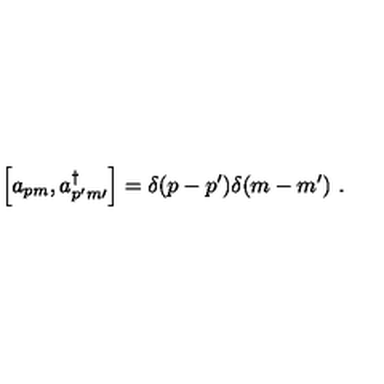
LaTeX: \Big [ a _ { p m } , a _ { p ^ { \prime } m { \prime } } ^ { \dagger } \Big ] = \delta ( p - p ^ { \prime } ) \delta ( m - m ^ { \prime } ) \ .